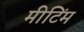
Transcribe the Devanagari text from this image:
मीटिंम